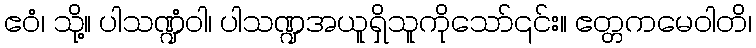
ဧဝံ၊ သို့။ ပါသဏ္ဍံဝါ၊ ပါသဏ္ဍအယူရှိသူကိုသော်၎င်း။ ဧတ္တကမေဝါတိ၊